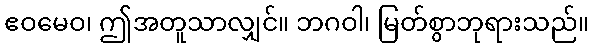
ဧဝမေဝ၊ ဤအတူသာလျှင်။ ဘဂဝါ၊ မြတ်စွာဘုရားသည်။